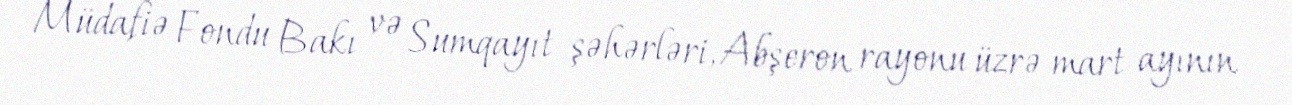
Müdafiə Fondu Bakı və Sumqayıt şəhərləri, Abşeron rayonu üzrə mart ayının